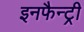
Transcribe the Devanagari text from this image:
इनफैन्ट्री